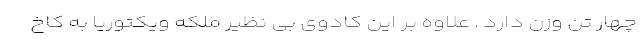
چهار تن وزن دارد . علاوه بر این کادوی بی نظیر ملکه ویکتوریا به کاخ